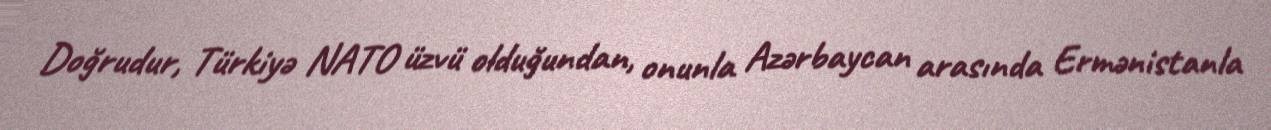
Doğrudur, Türkiyə NATO üzvü olduğundan, onunla Azərbaycan arasında Ermənistanla